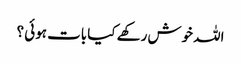
اللہ خوش رکھے کیا بات ہوئی ؟